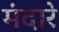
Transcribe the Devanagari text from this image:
मंदारे